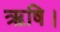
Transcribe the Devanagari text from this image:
ऋषि।